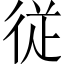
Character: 従